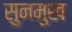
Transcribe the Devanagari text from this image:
सुनमुख